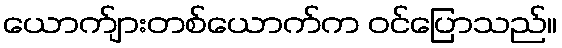
ယောက်ျားတစ်ယောက်က ဝင်ပြောသည်။